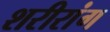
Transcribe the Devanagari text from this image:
शरीरांग